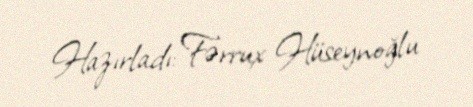
Hazırladı: Fərrux Hüseynoğlu